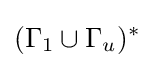
(\Gamma _{1}\cup \Gamma _{u})^{*}